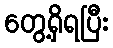
တွေ့ရှိရပြီး